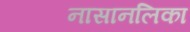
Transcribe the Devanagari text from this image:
नासानलिका